Indian journal of veterinary science and animal husbandry - Volumes 18-21, 1948-1951
Year: 1948
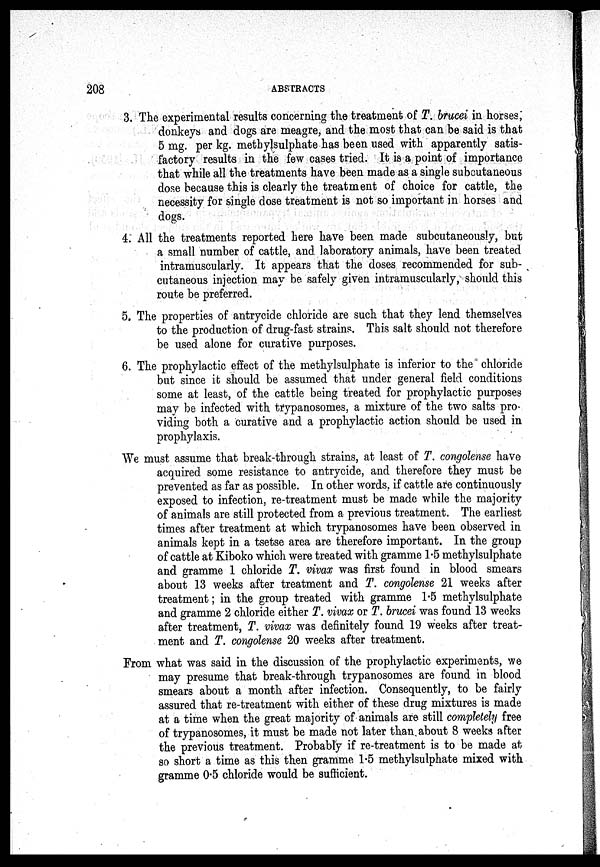
208
ABSTRACTS
3. The experimental results concerning the treatment of T. brucei in horses,
donkeys and dogs are meagre, and the most that can be said is that
5 mg. per kg. methylsulphate has been used with apparently satis-
factory results in the few cases tried. It is a point of importance
that while all the treatments have been made as a single subcutaneous
dose because this is clearly the treatment of choice for cattle, the
necessity for single dose treatment is not so important in horses and
dogs.
4. All the treatments reported here have been made subcutaneously, but
a small number of cattle, and laboratory animals, have been treated
intramuscularly. It appears that the doses recommended for sub-
cutaneous injection may be safely given intramuscularly, should this
route be preferred.
5. The properties of antrycide chloride are such that they lend themselves
to the production of drug-fast strains. This salt should not therefore
be used alone for curative purposes.
6. The prophylactic effect of the methylsulphate is inferior to the chloride
but since it should be assumed that under general field conditions
some at least, of the cattle being treated for prophylactic purposes
may be infected with trypanosomes, a mixture of the two salts pro-
viding both a curative and a prophylactic action should be used in
prophylaxis.
We must assume that break-through strains, at least of T. congolense have
acquired some resistance to antrycide, and therefore they must be
prevented as far as possible. In other words. if cattle are continuously
exposed to infection, re-treatment must be made while the majority
of animals are still protected from a previous treatment. The earliest
times after treatment at which trypanosomes have been observed in
animals kept in a tsetse area are therefore important. In the group
of cattle at Kiboko which were treated with gramme 1.5 methylsulphate
AND gramme 1 chloride T. vivax was first found in blood smears
about 13 weeks after treatment and T. congolense 21 weeks after
treatment ; in the group treated with gramme 1.5 methylsulphate
AND gramme 2 chloride either T. vivax or T. brucei was found 13 weeks
after treatment, T. vivax was definitely found 19 weeks after treat-
ment and T. congolense 20 weeks after treatment.
From what was said in the discussion of the prophylactic experiments, we
may presume that break-through trypanosomes are found in blood
smears about a month after infection. Consequently, to be fairly
assured that re-treatment with either of these drug mixtures is made
at a time when the great majority of animals are still completely free
of trypanosomes, it must be made not later than about 8 weeks after
the previous treatment. Probably if re-treatment is to be made at
so short a time as this then gramme 1.5 methylsulphate mixed with
gramme 0.5 chloride would be sufficient.